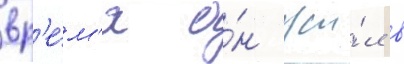
вр'е́м'я о́н жи́л в